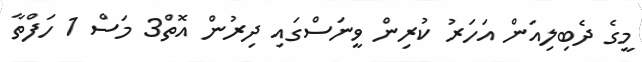
މީގެ ދެބިލިއަން އަހަރު ކުރިން ވީނަސްގައި ދިރުން އޮތް3 މަސް 1 ހަފްތާ